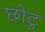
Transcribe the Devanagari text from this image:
छोटु